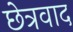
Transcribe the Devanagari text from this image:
छेत्रवाद